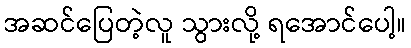
အဆင်ပြေတဲ့လူ သွားလို့ ရအောင်ပေါ့။